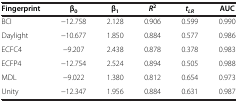
<table><thead><tr><td><b>Fingerprint</b></td><td><b>β<sub>0</sub></b></td><td><b>β<sub>1</sub></b></td><td><b><i>R</i><sup>2</sup></b></td><td><b><i>t</i><sub><i>LR</i></sub></b></td><td><b>AUC</b></td></tr></thead><tbody><tr><td>BCI</td><td>−12.758</td><td>2.128</td><td>0.906</td><td>0.599</td><td>0.990</td></tr><tr><td>Daylight</td><td>−10.677</td><td>1.850</td><td>0.884</td><td>0.577</td><td>0.986</td></tr><tr><td>ECFC4</td><td>−9.207</td><td>2.438</td><td>0.878</td><td>0.378</td><td>0.983</td></tr><tr><td>ECFP4</td><td>−12.754</td><td>2.524</td><td>0.894</td><td>0.505</td><td>0.988</td></tr><tr><td>MDL</td><td>−9.022</td><td>1.380</td><td>0.812</td><td>0.654</td><td>0.973</td></tr><tr><td>Unity</td><td>−12.347</td><td>1.956</td><td>0.884</td><td>0.631</td><td>0.987</td></tr></tbody></table>